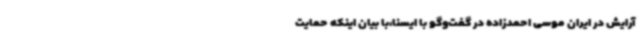
آرایش در ایران موسی احمدزاده در گفت‌وگو با ایسنا،‌با بیان اینکه حمایت